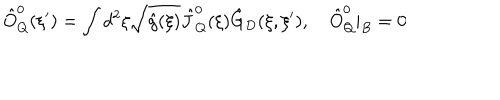
{ \hat { O } _ { Q } ^ { 0 } } ( \xi ^ { \prime } ) = \int { d ^ { 2 } } \xi \sqrt { \hat { g } ( \xi ) } { \hat { J } _ { Q } ^ { 0 } } ( \xi ) { \hat { G } _ { D } } ( \xi , \xi ^ { \prime } ) , \quad { \hat { O } _ { Q } ^ { 0 } } { | _ { B } } = 0